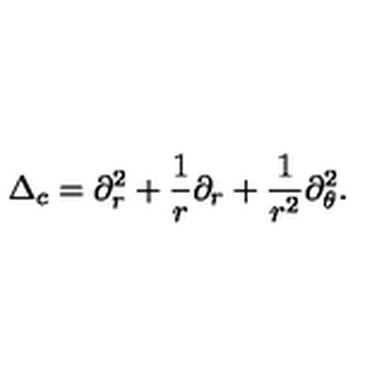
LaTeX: \Delta _ { c } = \partial _ { r } ^ { 2 } + \frac 1 r \partial _ { r } + \frac 1 { r ^ { 2 } } \partial _ { \theta } ^ { 2 } .